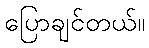
ပြောချင်တယ်။